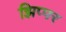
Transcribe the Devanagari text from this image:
झिप्पर